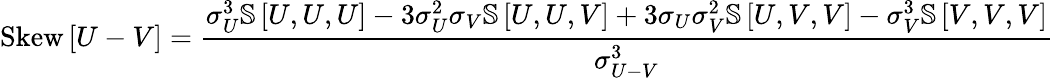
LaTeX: \mathrm{Skew}\left[U-V\right]=\frac{\sigma_{U}^{3}\mathbb{S}\left[U,U,U\right]-3\sigma_{U}^{2}\sigma_{V}\mathbb{S}\left[U,U,V\right]+3\sigma_{U}\sigma_{V}^{2}\mathbb{S}\left[U,V,V\right]-\sigma_{V}^{3}\mathbb{S}\left[V,V,V\right]}{\sigma_{U-V}^{3}}